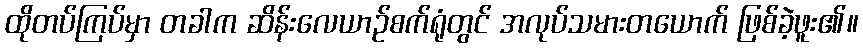
ထိုတပ်ကြပ်မှာ တခါက ဆိန်းလေယာဉ်စက်ရုံတွင် အလုပ်သမားတယောက် ဖြစ်ခဲ့ဖူး၏။